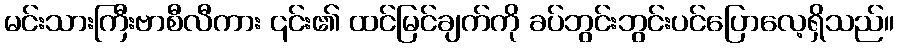
မင်းသားကြီးဗာစီလီကား ၎င်း၏ ထင်မြင်ချက်ကို ခပ်ဘွင်းဘွင်းပင်ပြောလေ့ရှိသည်။